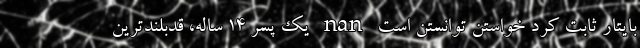
بایتار ثابت کرد خواستن توانستن است nan یک پسر 14 ساله، قدبلندترین